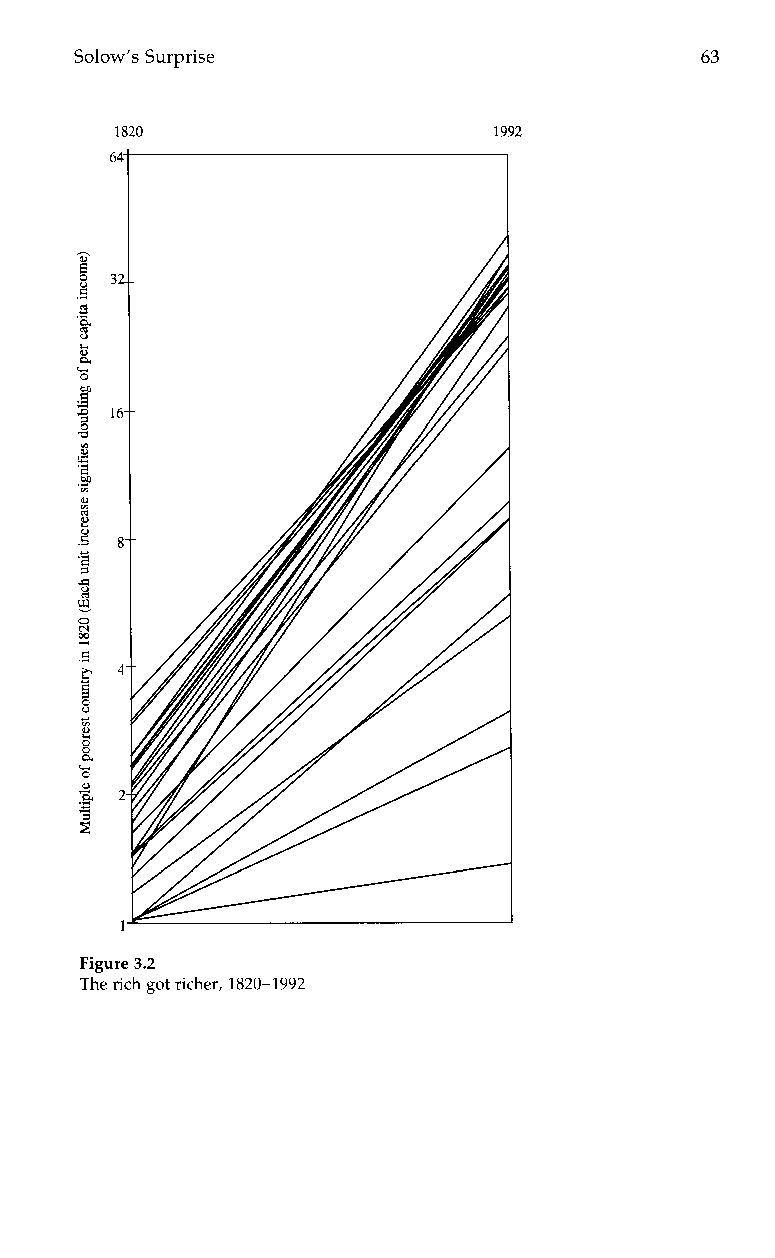
Solow's Surprise                         63
 1820                                  1992
 64
 32
 16
 8
 4
 2
 1
 Figure 3.2
 The rich got richer, 1820-1992